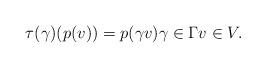
LaTeX: \begin{align*}\tau(\gamma) (p(v))=p(\gamma v) \gamma\in \Gamma v\in V.\end{align*}